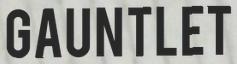
GAUNTLET